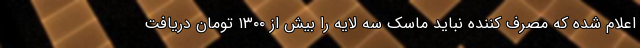
اعلام شده که مصرف کننده نباید ماسک سه لایه را بیش از ۱۳۰۰ تومان دریافت